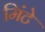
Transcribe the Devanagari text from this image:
मिंटे